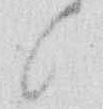
候